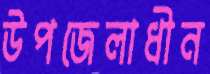
উপজেলাধীন